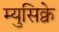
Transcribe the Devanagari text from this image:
म्युसिक्वे